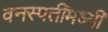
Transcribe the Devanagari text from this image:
वनस्पतींमध्यी